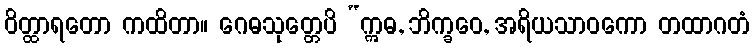
ဝိတ္ထာရတော ကထိတာ။ ဂေဓသုတ္တေပိ “ဣဓ, ဘိက္ခဝေ, အရိယသာဝကော တထာဂတံ